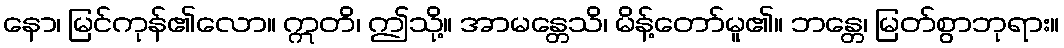
နော၊ မြင်ကုန်၏လော။ ဣတိ၊ ဤသို့။ အာမန္တေသိ၊ မိန့်တော်မူ၏။ ဘန္တေ၊ မြတ်စွာဘုရား။